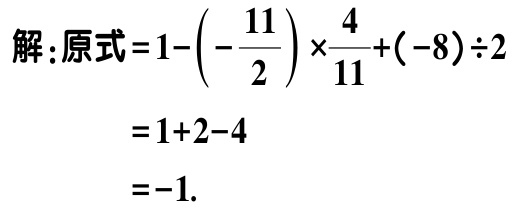
解：原式\(=1-\left(-\dfrac{11}{2}\right)\times\dfrac{4}{11}+(-8)\div2\)
\(=1 + 2 - 4\)
\(=-1\).